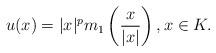
LaTeX: \begin{align*}u(x)=|x|^pm_1\left(\frac{x}{|x|}\right),x\in K.\end{align*}